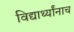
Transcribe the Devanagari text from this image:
विद्यार्थ्यांनाच